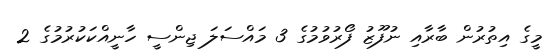
މީގެ އިތުރުން ބާރާއި ނުފޫޒު ފޯރުވުމުގެ 3 މައްސަލަ ޖިންސީ ހާނީއްކަކުރުމުގެ 2